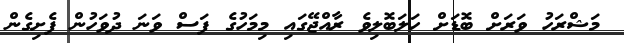
މަޝްރަހު ވަރަށް ބޮޑަށް ހަލަބޮލިވެ ރާއްޖޭގައި މިމަހުގެ ފަސް ވަނަ ދުވަހުން ފެށިގެން